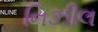
નિઝીલ